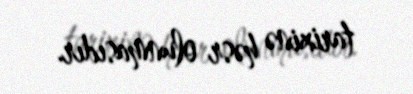
tarixinə həsr olunmasıdır.